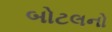
બોટલનો